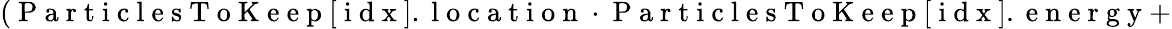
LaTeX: \left(\mathrm{~P~a~r~t~i~c~l~e~s~T~o~K~e~e~p~}[\mathrm{~i~d~x~}].\mathrm{~l~o~c~a~t~i~o~n~}\cdot\mathrm{~P~a~r~t~i~c~l~e~s~T~o~K~e~e~p~}[\mathrm{~i~d~x~}].\mathrm{~e~n~e~r~g~y~}+\right.